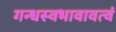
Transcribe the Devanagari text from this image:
गन्धस्वभावावत्वं